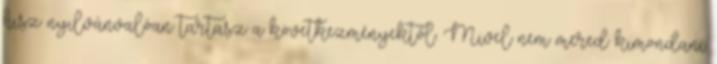
hisz nyilvánvalóan tartasz a következményektől. Mivel nem mered kimondani